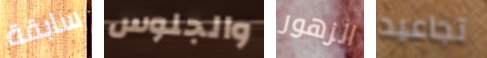
سابقة والجلوس الزهور تجاعيد